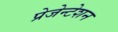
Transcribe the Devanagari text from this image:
प्रेजेन्टेशन